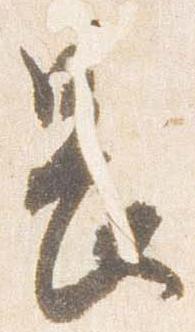
長